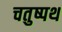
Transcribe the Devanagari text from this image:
चतुष्पथ